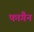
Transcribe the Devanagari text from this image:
फागैन